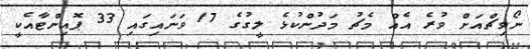
ނޯވިޗްއަށް ވުރެ އެއް މެޗު މަދުންކުޅެ ލީގުގެ 17 ވަނައިގައި 33 ޕޮއިންޓާއެކީ